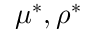
\mu ^ { * } , \rho ^ { * }